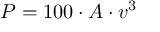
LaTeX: P = 1 0 0 \cdot A \cdot v ^ { 3 }